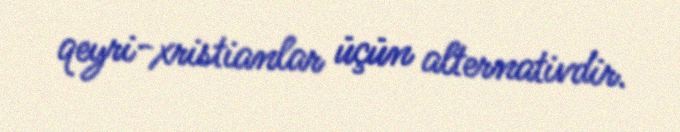
qeyri-xristianlar üçün alternativdir.